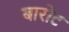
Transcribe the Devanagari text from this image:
बारोट